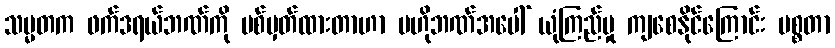
သမ္မတက ဖက်ဒရယ်ဘဏ်ကို ပစ်မှတ်ထားတာဟာ ဗဟိုဘဏ်အပေါ် ယုံကြည်မှု ကျစေနိုင်ကြောင်း မစ္စတာ